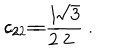
c _ { 2 } = \frac { 1 } { 2 } \hspace { . 3 i n } c _ { 2 2 } = \frac { \sqrt { 3 } } { 2 } \ .